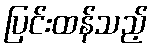
ပြင်းထန်သည့်